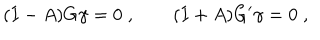
( I - A ) G \gamma = 0 \; , \qquad ( I + A ) G ^ { \prime } \gamma = 0 \; ,